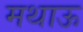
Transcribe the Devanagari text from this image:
मथाऊ